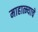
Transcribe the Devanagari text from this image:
माहात्म्याचे